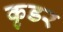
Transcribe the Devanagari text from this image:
कृडर